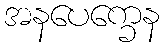
အနပေက္ခေန